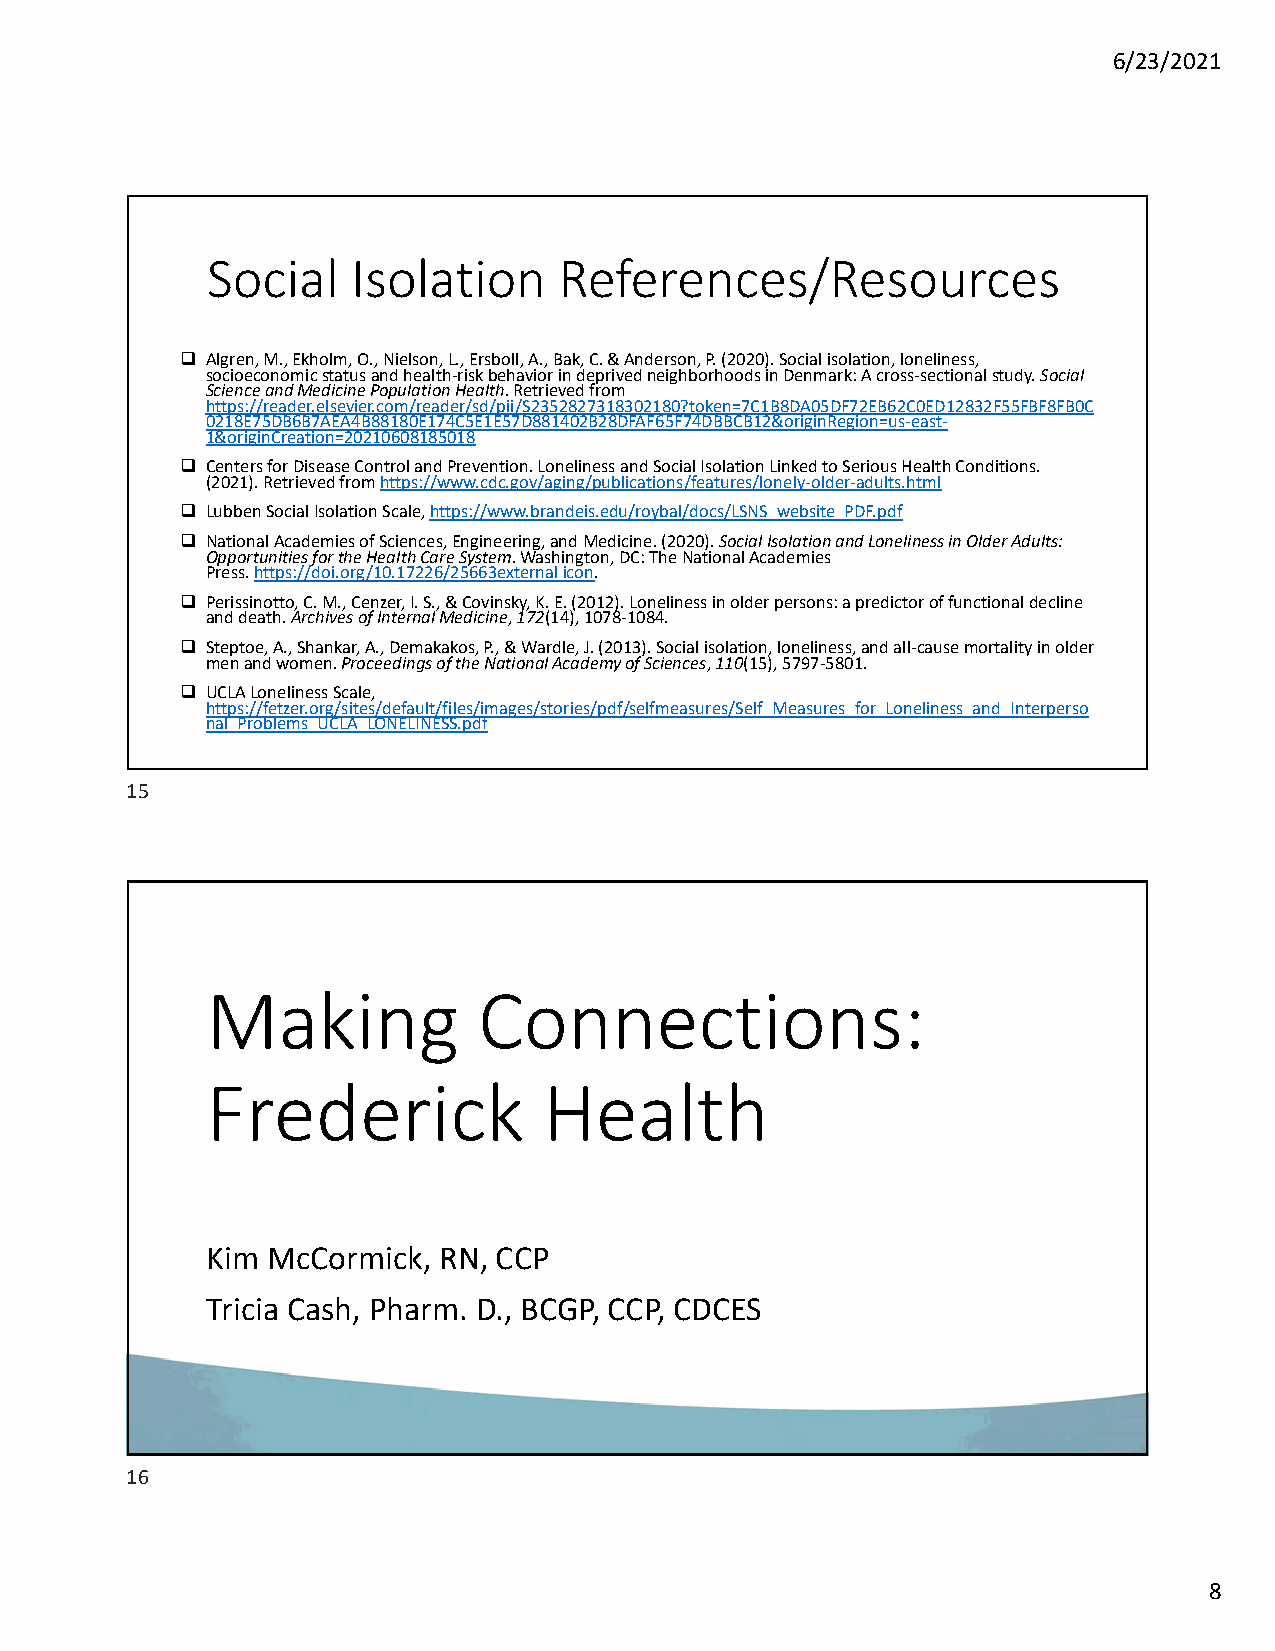
6/23/2021
 Social   Isolation     References/Resources
  Algren, M., Ekholm, O., Nielson, L., Ersboll, A., Bak, C. & Anderson, P. (2020). Social isolation, loneliness,
 socioeconomic status and health‐risk behavior in deprived neighborhoods in Denmark: A cross‐sectional study. Social
 Science and Medicine Population Health. Retrieved from
 https://reader.elsevier.com/reader/sd/pii/S2352827318302180?token=7C1B8DA05DF72EB62C0ED12832F55FBF8FB0C
 0218E75DB6B7AEA4B88180E174C5E1E57D881402B28DFAF65F74DBBCB12&originRegion=us‐east‐
 1&originCreation=20210608185018
  Centers for Disease Control and Prevention. Loneliness and Social Isolation Linked to Serious Health Conditions.
 (2021). Retrieved from https://www.cdc.gov/aging/publications/features/lonely‐older‐adults.html
  Lubben Social Isolation Scale, https://www.brandeis.edu/roybal/docs/LSNS_website_PDF.pdf
  National Academies of Sciences, Engineering, and Medicine. (2020). Social Isolation and Loneliness in Older Adults:
 Opportunities for the Health Care System. Washington, DC: The National Academies
 Press. https://doi.org/10.17226/25663external icon.
  Perissinotto, C. M., Cenzer, I. S., & Covinsky, K. E. (2012). Loneliness in older persons: a predictor of functional decline
 and death. Archives of Internal Medicine, 172(14), 1078‐1084.
  Steptoe, A., Shankar, A., Demakakos, P., & Wardle, J. (2013). Social isolation, loneliness, and all‐cause mortality in older
 men and women. Proceedings of the National Academy of Sciences, 110(15), 5797‐5801.
  UCLA Loneliness Scale,
 https://fetzer.org/sites/default/files/images/stories/pdf/selfmeasures/Self_Measures_for_Loneliness_and_Interperso
 nal_Problems_UCLA_LONELINESS.pdf
 15
 Making            Connections:
 Frederick             Health
 Kim McCormick, RN, CCP
 Tricia Cash, Pharm. D., BCGP, CCP, CDCES
 16
 8